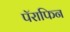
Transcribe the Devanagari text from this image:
पॅराफिन